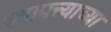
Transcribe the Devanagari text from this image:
स्थापत्त्याच्या